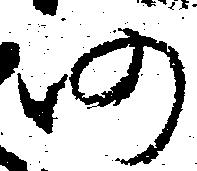
仍